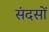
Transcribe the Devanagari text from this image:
संदसों